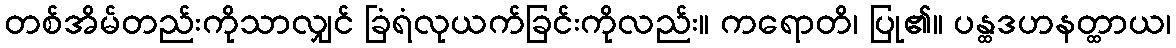
တစ်အိမ်တည်းကိုသာလျှင် ခြံရံလုယက်ခြင်းကိုလည်း။ ကရောတိ၊ ပြု၏။ ပန္ထဒဟနတ္ထာယ၊